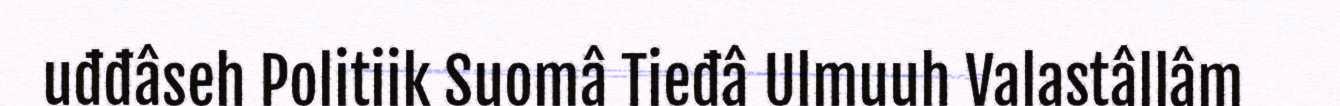
uđđâseh Politiik Suomâ Tieđâ Ulmuuh Valastâllâm